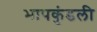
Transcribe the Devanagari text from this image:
भापकुंडली